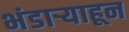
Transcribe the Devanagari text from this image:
भंडार्‍याहून